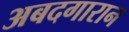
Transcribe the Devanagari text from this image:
अबदगारान